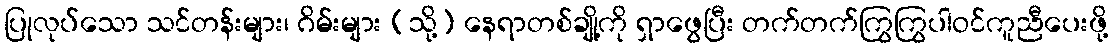
ပြုလုပ်သော သင်တန်းများ၊ ဂိမ်းများ (သို့) နေရာတစ်ချို့ကို ရှာဖွေပြီး တက်တက်ကြွကြွပါဝင်ကူညီပေးဖို့